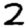
Digit: 2